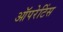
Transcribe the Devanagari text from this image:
ऑपरेटिंस